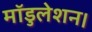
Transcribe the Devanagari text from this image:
मॉडुलेशन।